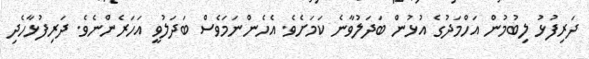
ދަރިފުޅު ލިބުމުން އަހްމަދުގެ އުޅުން ބަދަލުވާނެ ކަމަށެވެ. އެހެންނަމަވެސް ބަދަލުވީ އަހަރެންނެވެ. ދަރިފުޅާހެދި